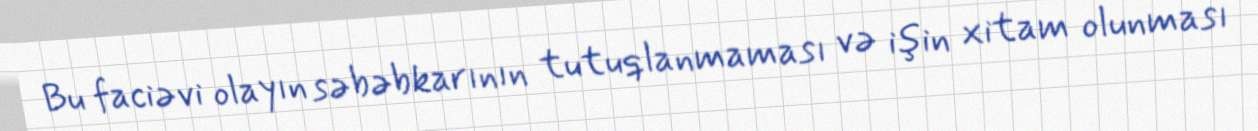
Bu faciəvi olayın səbəbkarının tutuqlanmaması və işin xitam olunması